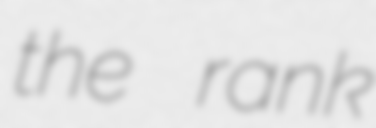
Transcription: the rank